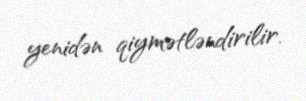
yenidən qiymətləndirilir.